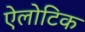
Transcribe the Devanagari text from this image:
ऐलोटिक